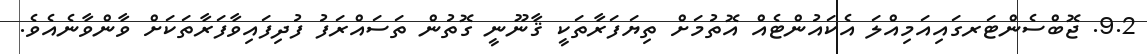
9.2. ޖޮބްސެންޓަރގައިއަމިއްލަ އެކައުންޓެއް އޮތުމަށް ތިޔަފަރާތަކީ ޤާނޫނީ ގޮތުން ތަސައްރަފު ފުދިފައިވާފަރާތަކަށް ވާންވާނެއެވެ.